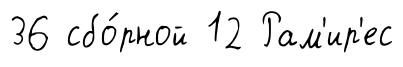
36 сбо́рной 12 Рам'ир'ес